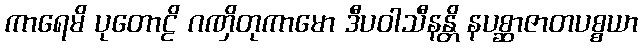
ကာရေမိ ပုတောဠိ ဂဏှိတုကာမော ဒီပဝါသီနန္တိ နပစ္ဆာဇာတပစ္စယာ